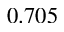
0 . 7 0 5